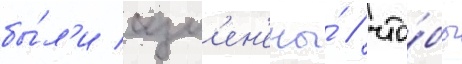
бы́л'и изм'ен'ены́ / что́бы